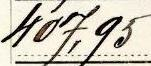
407,95